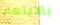
بالابتعاد